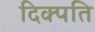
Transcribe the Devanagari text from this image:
दिक्पति